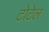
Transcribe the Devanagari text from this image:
टोटेल